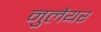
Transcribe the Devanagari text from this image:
नुलैयर